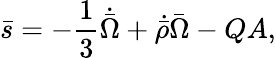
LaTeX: \bar{s}=-\frac{1}{3}\dot{\bar{\Omega}}+\dot{\bar{\rho}}\bar{\Omega}-QA,